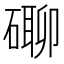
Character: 𥕡